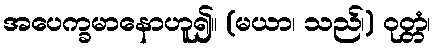
အပေက္ခမာနောဟူ၍။ (မယာ၊ သည်၊) ဝုတ္တံ၊